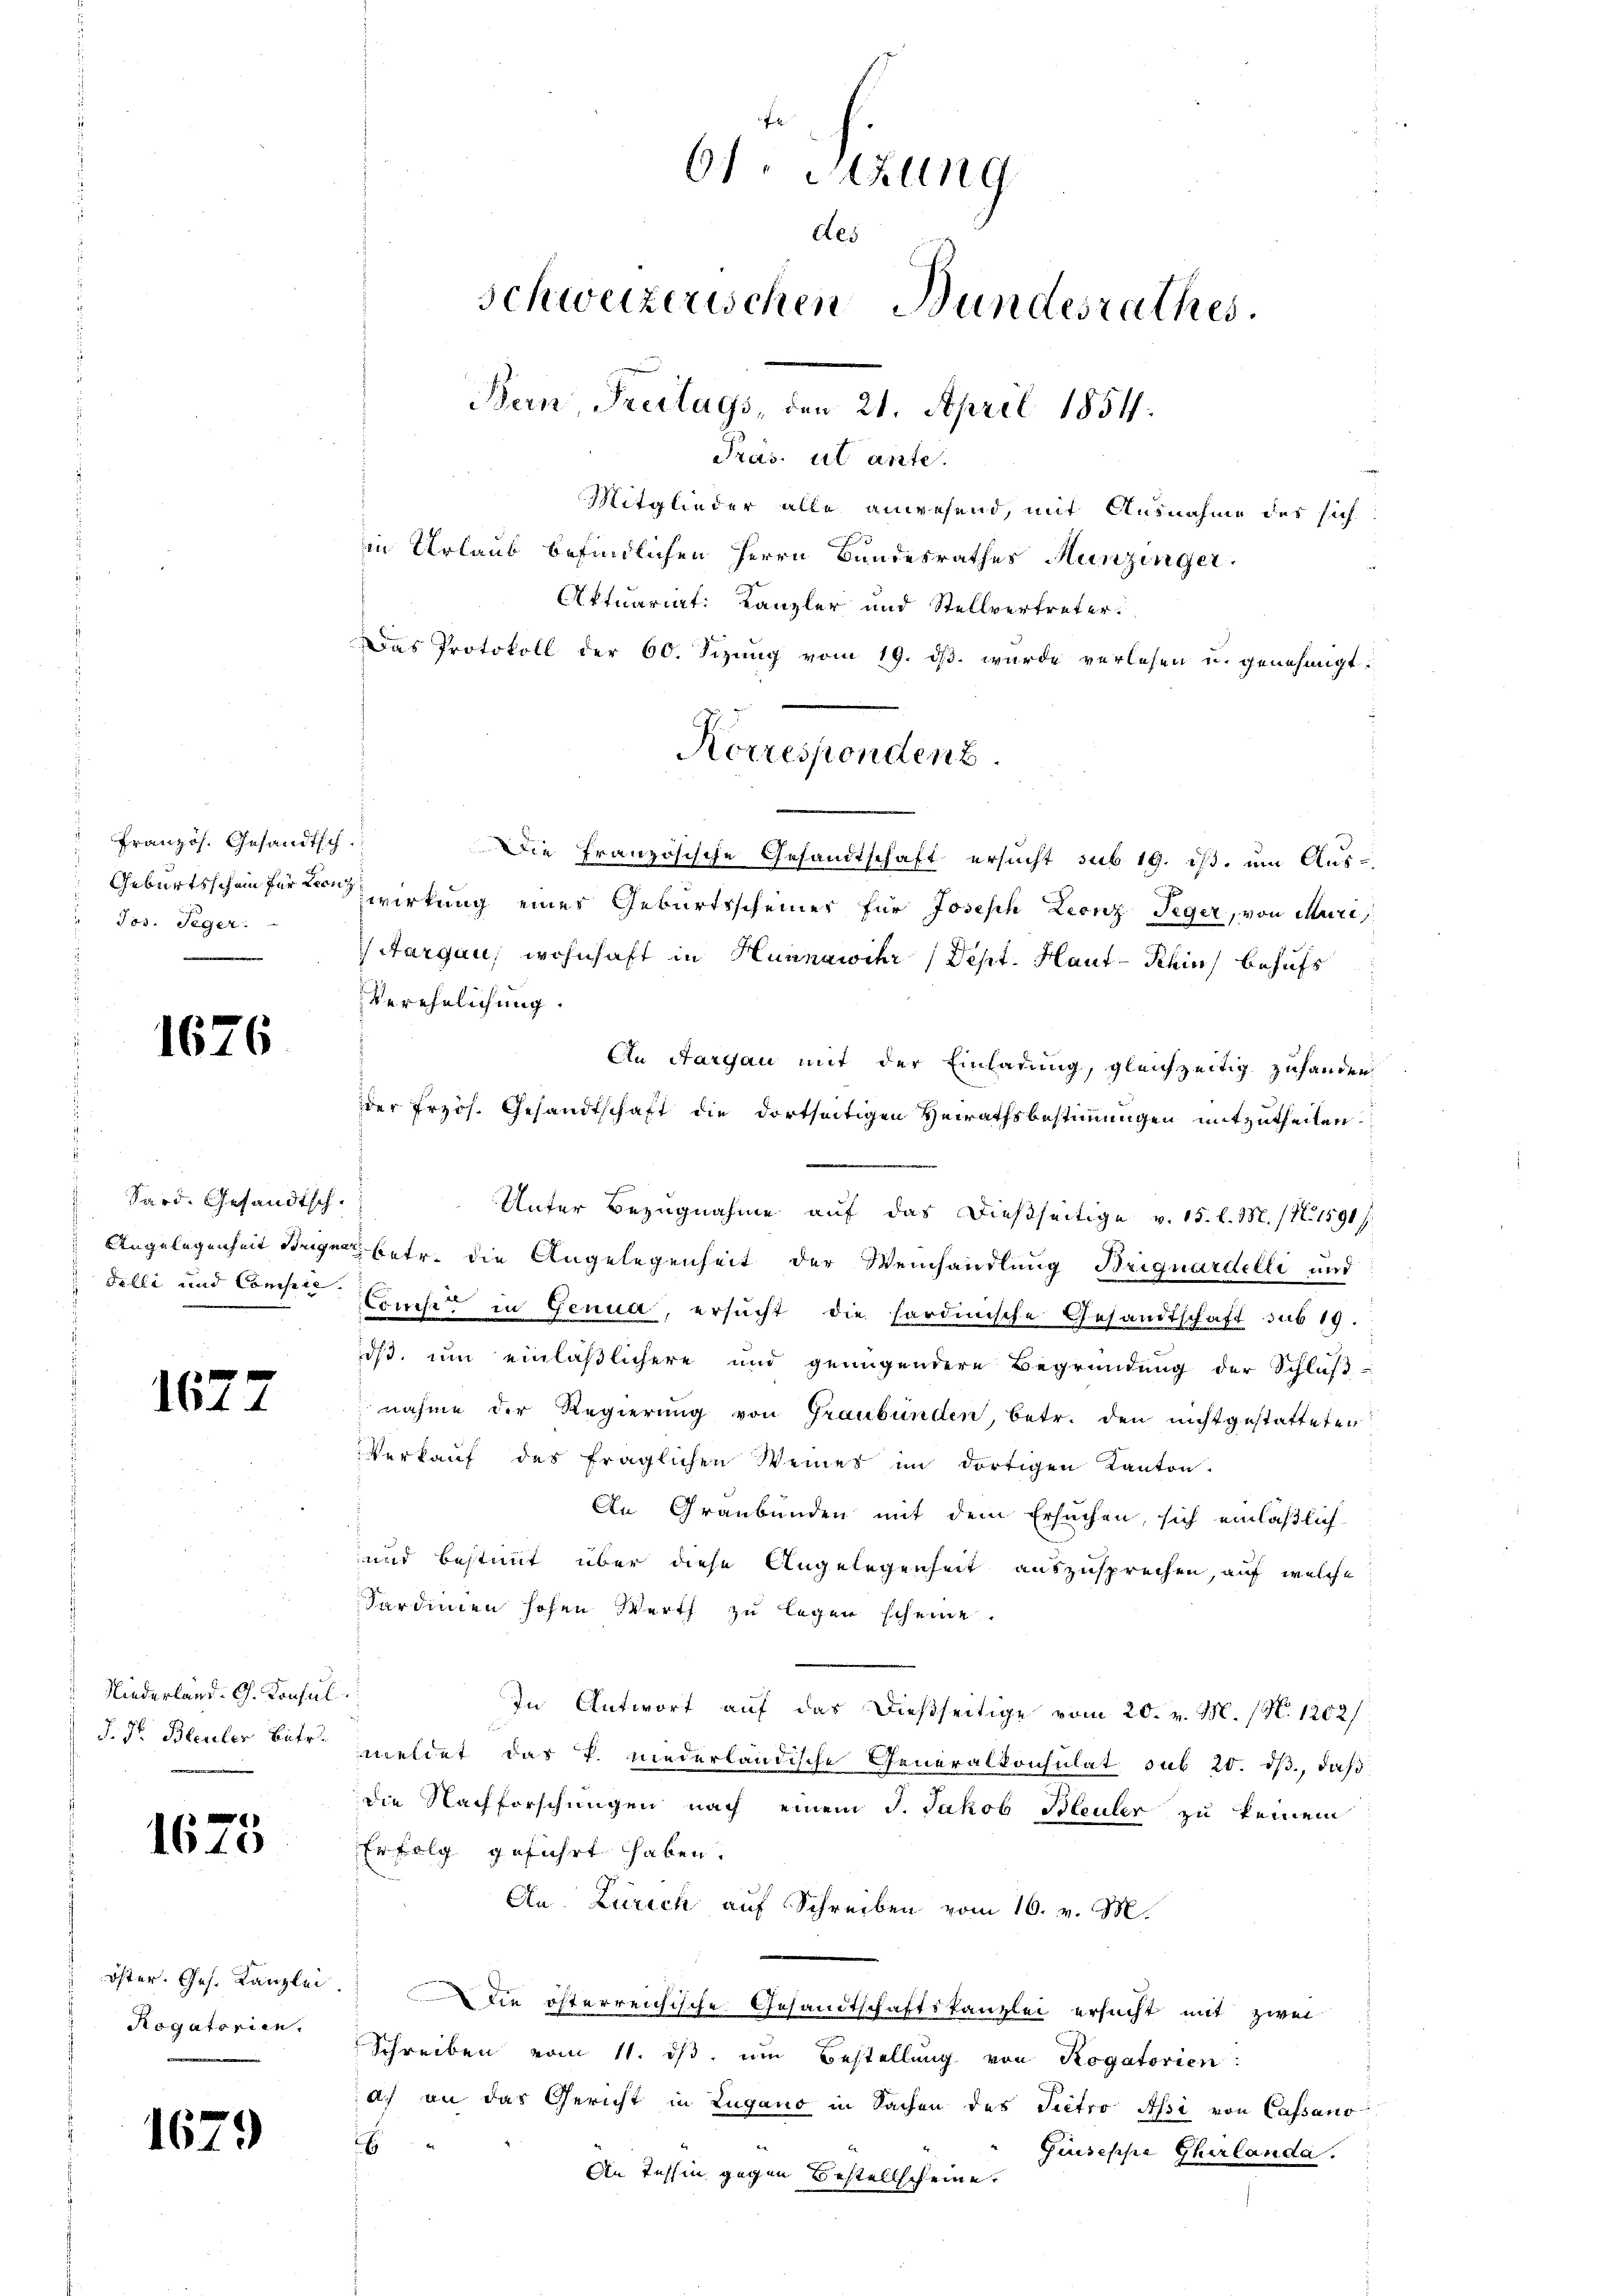
Französ. Gesandtsch
" Jos. Teger.

1676

Sard. Gesandtsch.
Felli und Compre.

1622

Niederland. G. Konsul
J. Pr. Bleuler Betr.

1675

öster. Ges. Kanzlei
Rogatorien.

1679

Mitglieder alle anwesend, mit Ausnahme des sich
in Urlaub befindlichen Herrn Bundesrathes Hunzinger.
Aktuariat: Kanzler und Stellvertreter.
Das Protokoll der 60. Sizung vom 19. dβ. wurde verlesen u. genehmigt.
Die Französische Gesandtschaft ersucht sub 19. ist, um Aus¬
Geburtsscheinferen wirkung einer Geburtsscheiner für Joseph Leonz Teger, von Muri,
Aargau, wohnhaft in Hunnawihr Dest. Haut-Rhin, behufs
Verehelichung.
An Aargau mit der Einladung, gleichzeitig zuhanden
der Frzös. Gesandtschaft die dortseitigen Heirathsbestimmungen mitzutheilen.
Unter Bezugnahme auf das dießseitige v. 15. l. M. (N. 1591 f
Angelegenheit Steigen betr. die Angelegenheit der Weinhandlung Briguardelli und
Comtes in Genua, ersucht die sardinische Gesandtschaft sub 19.
dß, um einläßlichere und genügendere Begründung der Schluβ-
nahme der Regierung von Graubünden, betr. den nichtgestatteten
Verkaŭf des fraglichen Weines im dortigen Kanton.
An Graubünden mit dem Ersuchen, sich einläßlich
und bestimmt über diese Angelegenheit auszusprechen, auf welche
Sardinien hohen Werth zu legen scheine.
In Antwort auf das dießseitige vom 20. v. M. (N. 1202/
meldet das P. niederländische Generalkonsulat sub 20. ds., daß
die Nachforschungen nach einem J. Jakob Steuler zu keinem
Erfolg geführt haben.
An. Zürich auf Schreiben vom 16. v. M.
Die öfterreichische Gesandtschaftskanzlei ersucht mit zwei
Schreiben vom 11. dβ, um Bestellung von Rogatorien:
ach an das Gericht in Lugano in Sachen des Pietro Assi von Cassano
E
Giuseppe Churlanda.
An Tessin gegen Bestellscheine.

61. Sizung
des
schweizerischen Bundesrathes.
Bern Freitags, den 21. April 1854.
Präs. ut ante.

Korresponden